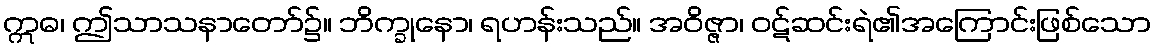
ဣဓ၊ ဤသာသနာတော်၌။ ဘိက္ခုနော၊ ရဟန်းသည်။ အဝိဇ္ဇာ၊ ဝဋ်ဆင်းရဲ၏အကြောင်းဖြစ်သော